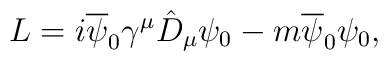
L=i\overline{\psi}_{0}{\gamma}^{\mu}\hat D_{\mu}{\psi}_{0}-m\overline{\psi}_{0}{\psi}_{0},